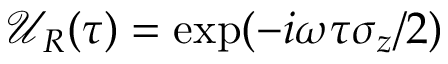
\mathcal { U } _ { R } ( \tau ) = \exp ( - i \omega \tau \sigma _ { z } / 2 )